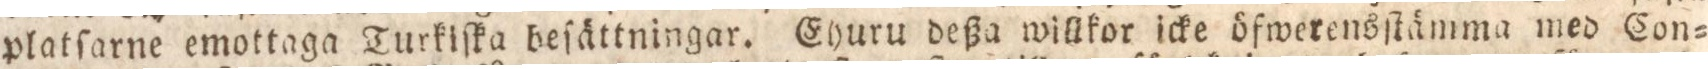
platſarne emottaga Turkiſka beſättningar. Ehuru deßa willkor icke öfwerensſtämma med Con=